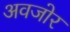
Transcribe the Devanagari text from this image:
अवजोर